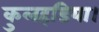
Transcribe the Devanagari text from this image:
कुलहडिया।